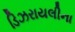
ડિઝરાયલીના